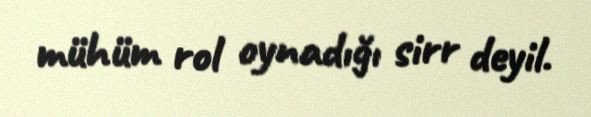
mühüm rol oynadığı sirr deyil.